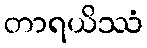
တာရယိဿံ